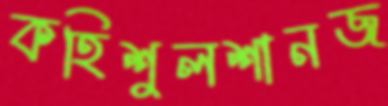
কহিশুলশানজ